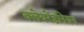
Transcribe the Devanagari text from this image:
क्लेयरेंडनियन